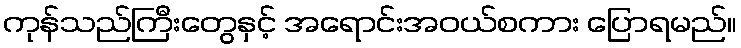
ကုန်သည်ကြီးတွေနှင့် အရောင်းအဝယ်စကား ပြောရမည်။